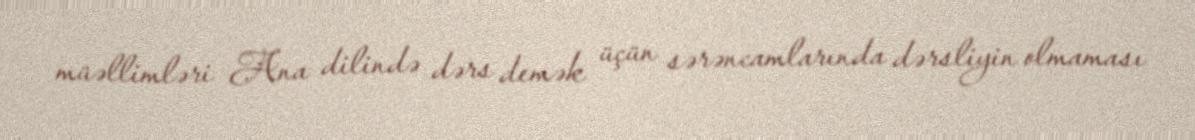
müəllimləri Ana dilində dərs demək üçün sərəncamlarında dərsliyin olmaması